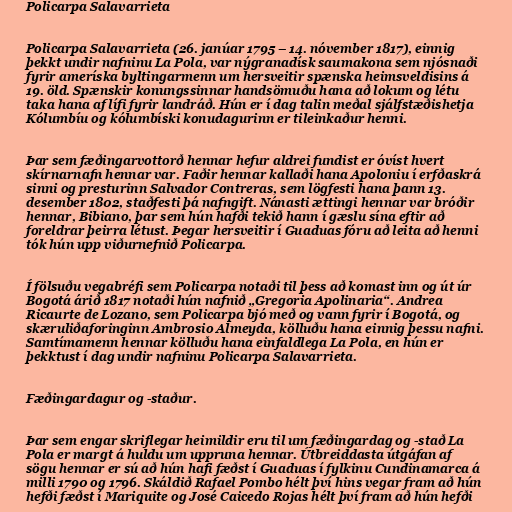
Policarpa Salavarrieta

Policarpa Salavarrieta (26. janúar 1795 – 14. nóvember 1817), einnig
þekkt undir nafninu La Pola, var nýgranadísk saumakona sem njósnaði
fyrir ameríska byltingarmenn um hersveitir spænska heimsveldisins á
19. öld. Spænskir konungssinnar handsömuðu hana að lokum og létu
taka hana af lífi fyrir landráð. Hún er í dag talin meðal sjálfstæðishetja
Kólumbíu og kólumbíski konudagurinn er tileinkaður henni.

Þar sem fæðingarvottorð hennar hefur aldrei fundist er óvíst hvert
skírnarnafn hennar var. Faðir hennar kallaði hana Apoloniu í erfðaskrá
sinni og presturinn Salvador Contreras, sem lögfesti hana þann 13.
desember 1802, staðfesti þá nafngift. Nánasti ættingi hennar var bróðir
hennar, Bibiano, þar sem hún hafði tekið hann í gæslu sína eftir að
foreldrar þeirra létust. Þegar hersveitir í Guaduas fóru að leita að henni
tók hún upp viðurnefnið Policarpa.

Í fölsuðu vegabréfi sem Policarpa notaði til þess að komast inn og út úr
Bogotá árið 1817 notaði hún nafnið „Gregoria Apolinaria“. Andrea
Ricaurte de Lozano, sem Policarpa bjó með og vann fyrir í Bogotá, og
skæruliðaforinginn Ambrosio Almeyda, kölluðu hana einnig þessu nafni.
Samtímamenn hennar kölluðu hana einfaldlega La Pola, en hún er
þekktust í dag undir nafninu Policarpa Salavarrieta.

Fæðingardagur og -staður.

Þar sem engar skriflegar heimildir eru til um fæðingardag og -stað La
Pola er margt á huldu um uppruna hennar. Útbreiddasta útgáfan af
sögu hennar er sú að hún hafi fæðst í Guaduas í fylkinu Cundinamarca á
milli 1790 og 1796. Skáldið Rafael Pombo hélt því hins vegar fram að hún
hefði fæðst í Mariquite og José Caicedo Rojas hélt því fram að hún hefði